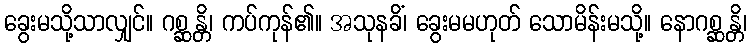
ခွေးမသို့သာလျှင်။ ဂစ္ဆန္တိ၊ ကပ်ကုန်၏။ အသုနခိံ၊ ခွေးမမဟုတ် သောမိန်းမသို့။ နောဂစ္ဆန္တိ၊